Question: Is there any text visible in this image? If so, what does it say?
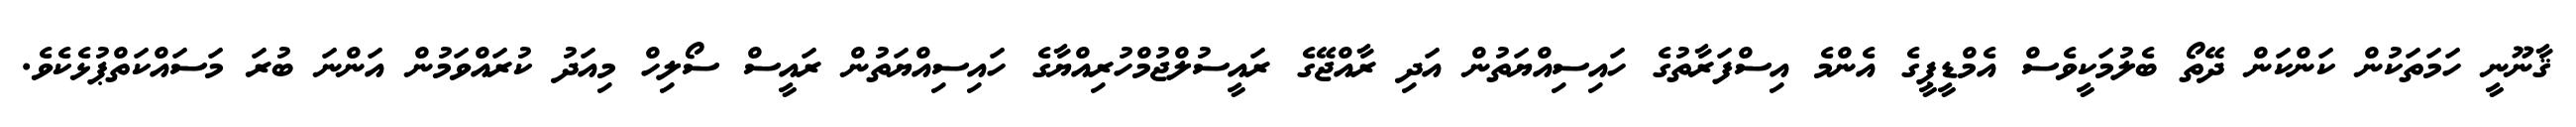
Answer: ޤާނޫނީ ހަމަތަކުން ކަންކަން ދޭތޯ ބެލުމަކީވެސް އެމްޑީޕީގެ އެންމެ އިސްފަރާތުގެ ހައިސިއްޔަތުން އަދި ރާއްޖޭގެ ރައީސުލްޖުމްހުރިއްޔާގެ ހައިސިއްޔަތުން ރައީސް ސޯލިހް މިއަދު ކުރައްވަމުން އަންނަ ބުރަ މަސައްކަތްޕުޅެކެވެ.